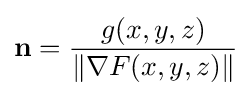
\mathbf {n} ={\frac {g(x,y,z)}{\|\nabla F(x,y,z)\|}}